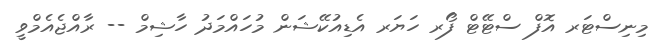
މިނިސްޓަރ އޮފް ސްޓޭޓް ފޯރ ހަޔަރ އެޑިއުކޭޝަން މުހައްމަދު ހާޝިމް -- ރާއްޖެއެމްވީ